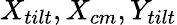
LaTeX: X_{tilt},X_{cm},Y_{tilt}